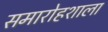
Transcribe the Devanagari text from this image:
समारोहशाला